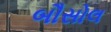
બૌસોલ